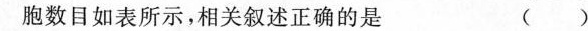
胞数目如表所示，相关叙述正确的是 ( )